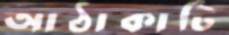
আঠাকাটি